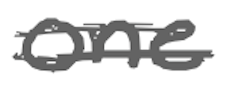
Text: one
Cross-out: double-line
Writing tool: digital_gray